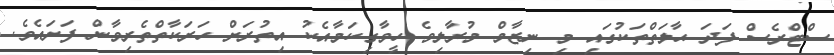
ސްޓްރެސް ފަދަ ޙާލަތްތަކުގައި މި ނިޒާމް މުރާލިވެ ހީވާގިކަމާއެކު އިތުރަށް ހަރަކާތްތެރިވާން ފަށައެވެ.